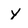
Character: Y